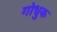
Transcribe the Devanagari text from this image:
गोधुक